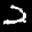
Label: 2